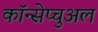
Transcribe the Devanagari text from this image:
कॉन्सेप्चुअल